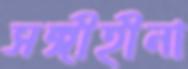
সঙ্গীহীনা